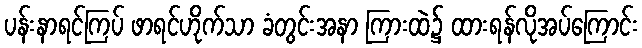
ပန်းနာရင်ကြပ် ဖာရင်ဟိုက်သာ ခံတွင်းအနာ ကြားထဲ၌ ထားရန်လိုအပ်ကြောင်း